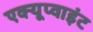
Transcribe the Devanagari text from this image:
एक्यूप्वाइंट